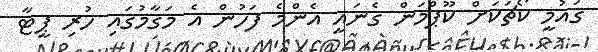
ގައުމީ ކޯޗަކަަށް ކޫޕްމަން ގެނައީ އެންމެ ފަހުން އެ މަގާމުގައި ހުރި ޕީޓާ